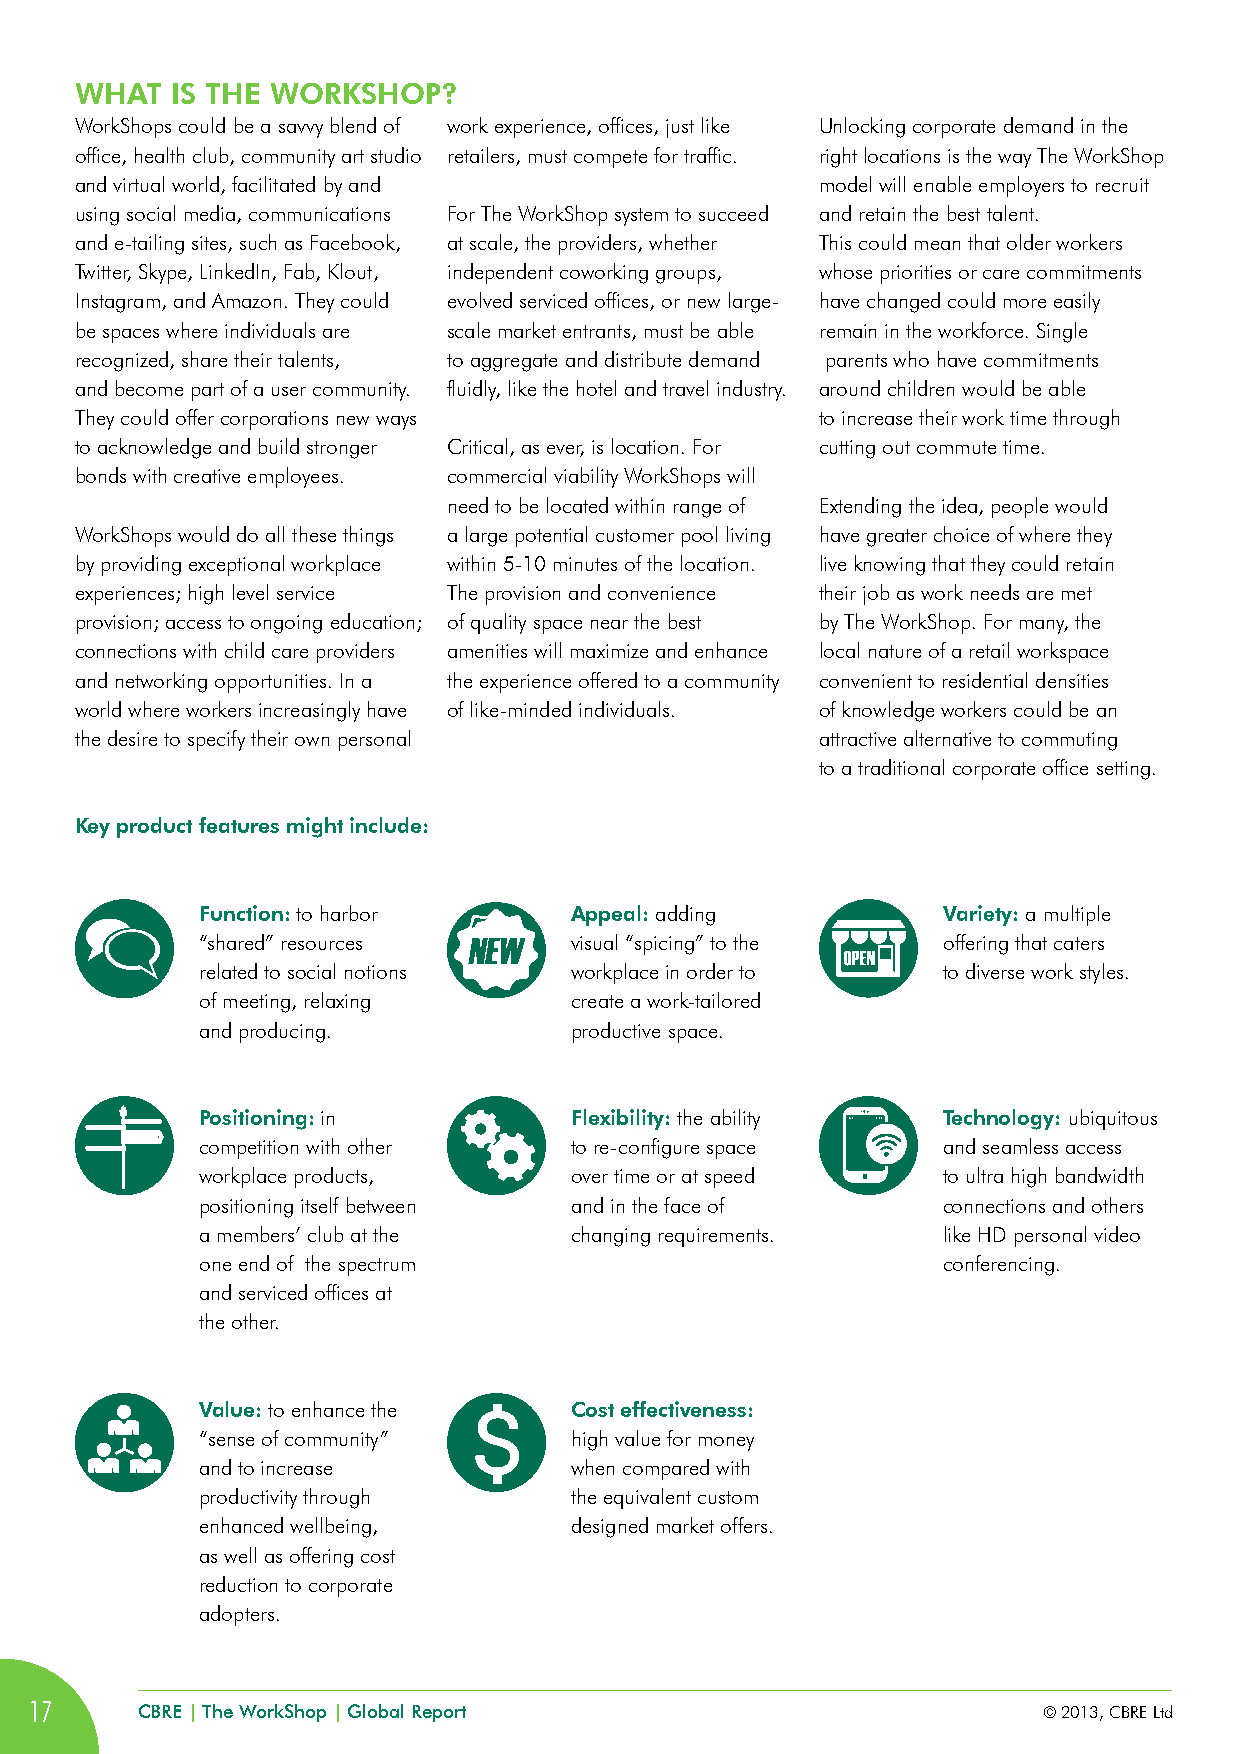
WHAT  iS THE WORKSHOP?
 WorkShops could be a savvy blend of work experience, offices, just like Unlocking corporate demand in the
 office, health club, community art studio retailers, must compete for traffic. right locations is the way The WorkShop
 and virtual world, facilitated by and            model will enable employers to recruit
 using social media, communications For The WorkShop system to succeed and retain the best talent.
 and e-tailing sites, such as Facebook, at scale, the providers, whether This could mean that older workers
 Twitter, Skype, LinkedIn, Fab, Klout, independent coworking groups, whose priorities or care commitments
 Instagram, and Amazon. They could evolved serviced offices, or new large- have changed could more easily
 be spaces where individuals are scale market entrants, must be able remain in the workforce. Single
 recognized, share their talents, to aggregate and distribute demand parents who have commitments
 and become part of a user community. fluidly, like the hotel and travel industry. around children would be able
 They could offer corporations new ways           to increase their work time through
 to acknowledge and build stronger Critical, as ever, is location. For cutting out commute time.
 bonds with creative employees. commercial viability WorkShops will
 need to be located within range of Extending the idea, people would
 WorkShops would do all these things a large potential customer pool living have greater choice of where they
 by providing exceptional workplace within 5-10 minutes of the location. live knowing that they could retain
 experiences; high level service The provision and convenience their job as work needs are met
 provision; access to ongoing education; of quality space near the best by The WorkShop. For many, the
 connections with child care providers amenities will maximize and enhance local nature of a retail workspace
 and networking opportunities. In a the experience offered to a community convenient to residential densities
 world where workers increasingly have of like-minded individuals. of knowledge workers could be an
 the desire to specify their own personal         attractive alternative to commuting
 to a traditional corporate office setting.
 Key product features might include:
 function: to harbor      Appeal: adding          variety: a multiple
 “shared” resources       visual “spicing” to the offering that caters
 related to social notions workplace in order to  to diverse work styles.
 of meeting, relaxing     create a work-tailored
 and producing.           productive space.
 Positioning: in          flexibility: the ability Technology: ubiquitous
 competition with other   to re-configure space   and seamless access
 workplace products,      over time or at speed   to ultra high bandwidth
 positioning itself between and in the face of    connections and others
 a members’ club at the   changing requirements.  like HD personal video
 one end of the spectrum                          conferencing.
 and serviced offices at
 the other.
 value: to enhance the    Cost effectiveness:
 “sense of community”     high value for money
 and to increase          when compared with
 productivity through     the equivalent custom
 enhanced wellbeing,      designed market offers.
 as well as offering cost
 reduction to corporate
 adopters.
 17     CBRE | The WorkShop | Global Report                         © 2013, CBRE Ltd